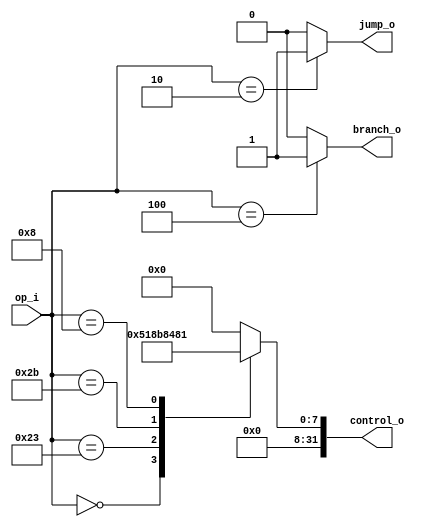
module Control
(
    op_i,
    control_o,
	branch_o,
	jump_o
);

    // Ports
    input   [5:0]   op_i;
    output  [31:0]	control_o;
    output  		branch_o, jump_o;

	reg		[31:0]	control_o;
	reg				branch_o, jump_o;

	parameter r 	= 6'b000000;
	parameter lw 	= 6'b100011;
	parameter sw	= 6'b101011;
	parameter beq	= 6'b000100;
	parameter j		= 6'b000010;
	parameter addi	= 6'b001000;
	
	// [0]: RegWrite, [1]: MemToReg, [2]: MemWrite, [3]: MemRead, [4]: RegDst, [6:5]: ALUOp, [7]: ALUSrc 

	always @(op_i)
	begin
		case(op_i)
			r: 
			begin
				control_o	<= { 24'b0, 1'b0, 2'b10, 1'b1, 1'b0, 1'b0, 1'b0, 1'b1 };
				branch_o	<= 1'b0;
				jump_o		<= 1'b0;
			end
			lw: 
			begin
				control_o	<= { 24'b0, 1'b1, 2'b00, 1'b0, 1'b1, 1'b0, 1'b1, 1'b1 };
				branch_o	<= 1'b0;
				jump_o		<= 1'b0;
			end
			sw: 
			begin
				control_o	<= { 24'b0, 1'b1, 2'b00, 1'b0, 1'b0, 1'b1, 1'b0, 1'b0 };
				branch_o	<= 1'b0;
				jump_o		<= 1'b0;
			end
			beq: 
			begin
				control_o	<= 32'b0;
				branch_o	<= 1'b1;
				jump_o		<= 1'b0;
			end
			j:
			begin
				control_o	<= 32'b0;
				branch_o	<= 1'b0;
				jump_o		<= 1'b1;
			end
			addi:
			begin
				control_o	<= { 24'b0, 1'b1, 2'b00, 1'b0, 1'b0, 1'b0, 1'b0, 1'b1 };
				branch_o	<= 1'b0;
				jump_o		<= 1'b0;
			end
			default:
			begin
				control_o	<= 32'b0;
				branch_o	<= 1'b0;
				jump_o		<= 1'b0;
			end
		endcase
	end

endmodule